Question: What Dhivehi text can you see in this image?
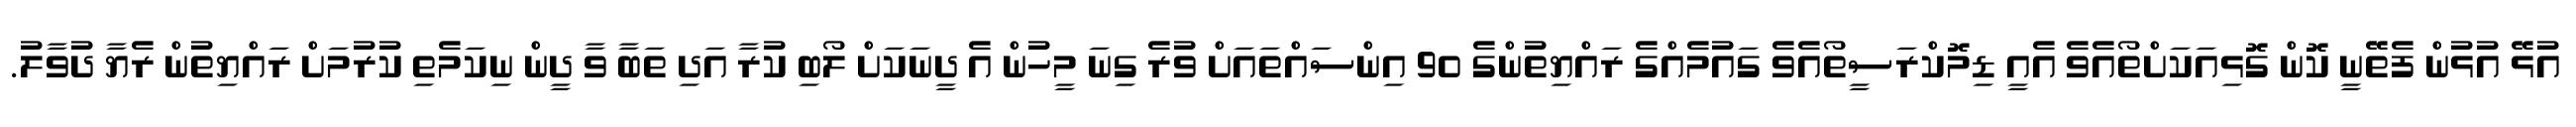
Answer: އުޅޭ އުޅުން ފެތޭނީ ކޮން ގޮޅިއަކަށްތޯއެވެ އެއީ ޑިމޮކްރަސީތޯއެވެ ގައުމެއްގެ ރައްޔިތުންގެ 90 އިންސައްތައަށް ވުރެ ގިނަ މީހުން އެ ދީނަކަށް ލޯބި ކުރާ އަދި ތަބާ ވާ ދީން ނިކަމެތި ކުރުމަށް ރައްޔިތުން ރެޔާ ދުވާލު.